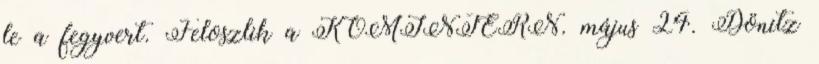
le a fegyvert. Feloszlik a KOMINTERN. május 24. Dönitz